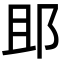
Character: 䢸